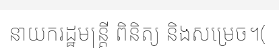
នាយករដ្ឋមន្ត្រី ពិនិត្យ និងសម្រេច។(